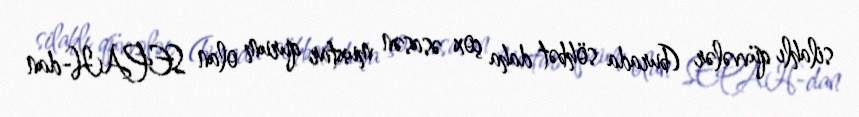
silahlı qüvvələr (burada söhbət daha çox əsasən muxtar qurum olan SEPAH-dan